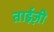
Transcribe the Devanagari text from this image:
ताईज़ी